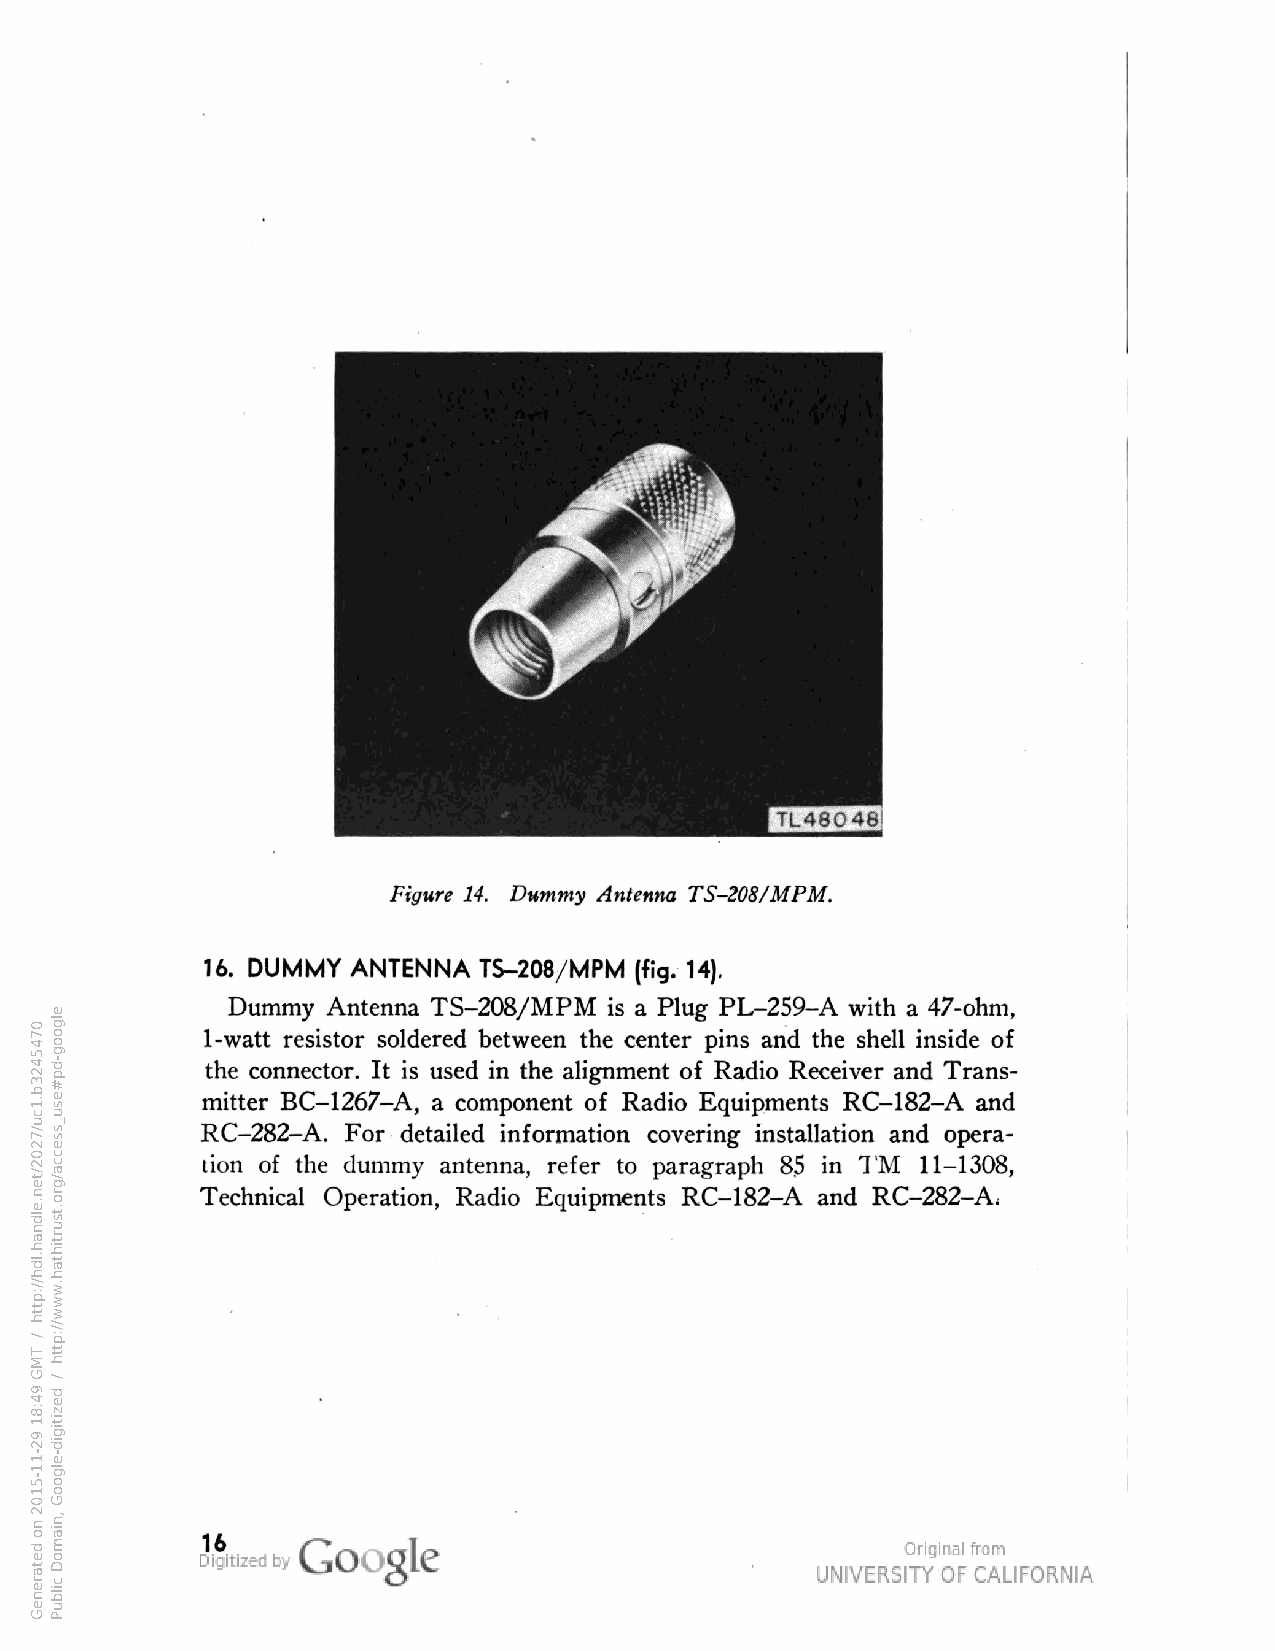
Figure 14. Dummy Antenna TS-208/MPM.
 16. DUMMY ANTENNA TS-208/MPM (fig. 14),
 Dummy  Antenna TS-208/MPM is a Plug PL-259-A with a 47-ohm,
 1-watt resistor soldered between the center pins and the shell inside of
 the connector. It is used in the alignment of Radio Receiver and Trans
 mitter BC-1267-A, a component of Radio Equipments RC-182-A and
 RC-282-A. For detailed information covering installation and opera
 tion of the dummy antenna, refer to paragraph 85 in TM 11-1308,
 Technical Operation, Radio Equipments RC-182-A and RC-282-A.
 16
 0745423b.1cu/7202/ten.eldnah.ldh//:ptth
 /
 TMG
 94:81
 92-11-5102
 no
 detareneG
 elgoog-dp#esu_ssecca/gro.tsurtihtah.www//:ptth
 /
 dezitigid-elgooG
 ,niamoD
 cilbuP